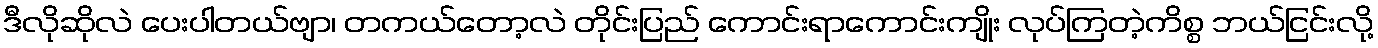
ဒီလိုဆိုလဲ ပေးပါတယ်ဗျာ၊ တကယ်တော့လဲ တိုင်းပြည် ကောင်းရာကောင်းကျိုး လုပ်ကြတဲ့ကိစ္စ ဘယ်ငြင်းလို့